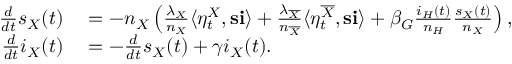
\begin{array} { r l } { \frac { d } { d t } s _ { X } ( t ) } & { { } = - n _ { X } \left( \frac { \lambda _ { X } } { n _ { X } } \langle \eta _ { t } ^ { X } , \mathbf { s } \mathbf { i } \rangle + \frac { \lambda _ { \overline { { X } } } } { n _ { \overline { { X } } } } \langle \eta _ { t } ^ { \overline { { X } } } , \mathbf { s } \mathbf { i } \rangle + \beta _ { G } \frac { i _ { H } ( t ) } { n _ { H } } \frac { s _ { X } ( t ) } { n _ { X } } \right) , } \\ { \frac { d } { d t } i _ { X } ( t ) } & { { } = - \frac { d } { d t } s _ { X } ( t ) + \gamma i _ { X } ( t ) . } \end{array}